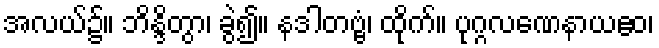
အလယ်၌။ ဘိန္ဒိတွာ၊ ခွဲ၍။ နဒါတဗ္ဗံ၊ ထိုက်။ ပုဂ္ဂလဏေနာယဧဝ၊